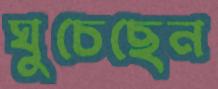
ঘুচেছেন